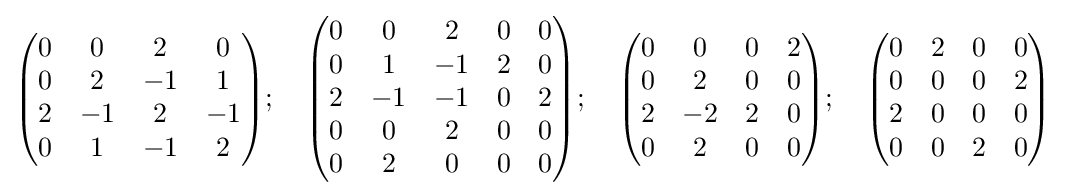
{\begin{pmatrix}0&0&2&0\\0&2&-1&1\\2&-1&2&-1\\0&1&-1&2\end{pmatrix}};\quad {\begin{pmatrix}0&0&2&0&0\\0&1&-1&2&0\\2&-1&-1&0&2\\0&0&2&0&0\\0&2&0&0&0\end{pmatrix}};\quad {\begin{pmatrix}0&0&0&2\\0&2&0&0\\2&-2&2&0\\0&2&0&0\end{pmatrix}};\quad {\begin{pmatrix}0&2&0&0\\0&0&0&2\\2&0&0&0\\0&0&2&0\end{pmatrix}}